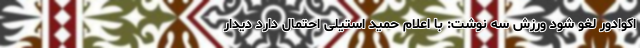
اکوادور لغو شود ورزش سه نوشت: با اعلام حمید استیلی احتمال دارد دیدار